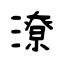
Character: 潦